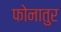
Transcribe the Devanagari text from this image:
फोनातुर